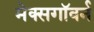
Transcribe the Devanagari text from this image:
मेक्सगॉवर्न